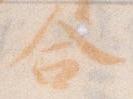
合